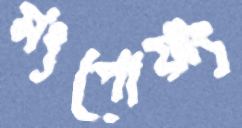
মংপোয়াং